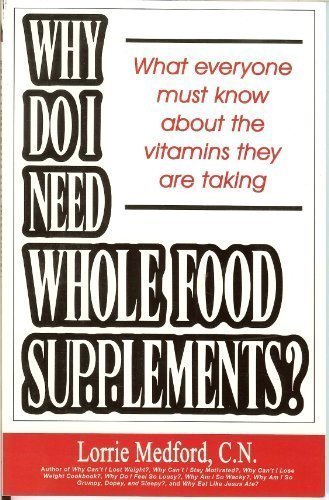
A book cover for Why Do I Need Whole Food Supplements? What Everyone Must Know About the Vitamins They Are Taking; Lorrie Medford; Cookbooks, Food & Wine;